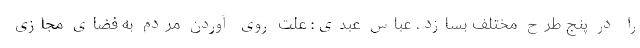
را در پنج طرح مختلف بسازد. عباس عبدی: علت روی آوردن مردم به فضای مجازی